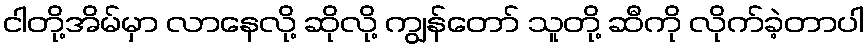
ငါတို့အိမ်မှာ လာနေလို့ ဆိုလို့ ကျွန်တော် သူတို့ ဆီကို လိုက်ခဲ့တာပါ